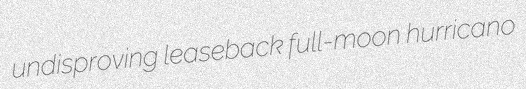
undisproving leaseback full-moon hurricano